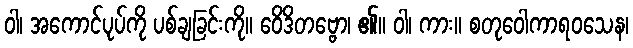
ဝါ၊ အကောင်ပုပ်ကို ပစ်ချခြင်းကို။ ဝေိဒိတဗ္ဗော၊ ၏။ ဝါ၊ ကား။ စတုဝေါကာရဝသေန၊